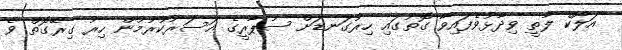
އަލޯކް ލާތީ ވިދާޅުވެފައިވާ ގޮތުގައި ހިރުގަނޑަށް ސުޕާރީގެ އަސަރުކުރުމުން ހިރު ގިރޭގޮތް ވެ